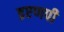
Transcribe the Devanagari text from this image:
इएणपी